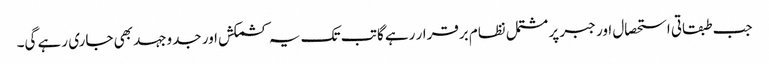
جب طبقاتی استحصال اور جبر پر مشتمل نظام برقرار رہے گا تب تک یہ کشمکش اور جدوجہد بھی جاری رہے گی۔